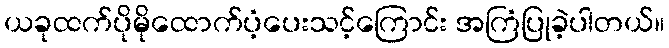
ယခုထက်ပိုမိုထောက်ပံ့ပေးသင့်ကြောင်း အကြံပြုခဲ့ပါတယ်။